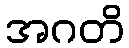
အဂတိ